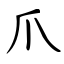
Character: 爪